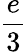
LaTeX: \frac{e}{3}